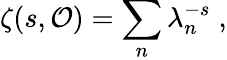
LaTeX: \zeta(s,{\cal\mathcal{O}})=\sum_{n}\lambda_{n}^{-s}\; ,